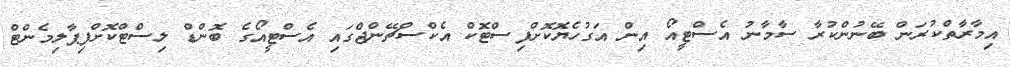
އިމާރާތްކުރަން ބޭނުންކުރާ ސާމާނު އެސްޓީއޯ އިން އަގުހެޔޮކޮށްފިސްޓޮކް އެކްސްޗޭންޖްގައި އެސްޓީއޯގެ ބޮންޑް ލިސްޓްކޮށްފިޕާލިމެންޓް